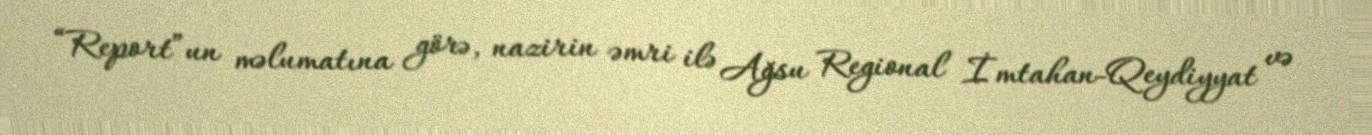
“Report”un məlumatına görə, nazirin əmri ilə Ağsu Regional İmtahan-Qeydiyyat və